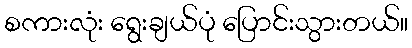
စကားလုံး ရွေးချယ်ပုံ ပြောင်းသွားတယ်။